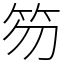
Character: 笏